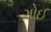
ગોઈ